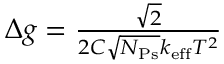
\begin{array} { r } { \Delta g = \frac { \sqrt { 2 } } { 2 C \sqrt { N _ { \mathrm { P s } } } k _ { \mathrm { e f f } } T ^ { 2 } } } \end{array}